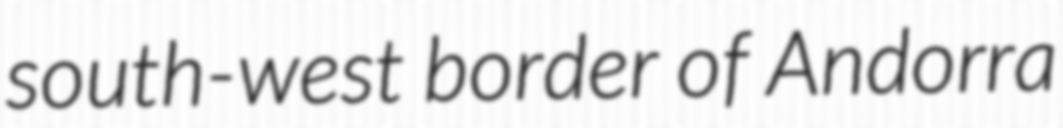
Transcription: south-west border of Andorra